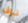
نزف